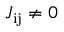
J _ { \mathrm { i j } } \neq 0